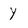
Character: Y